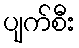
ပျက်စီး